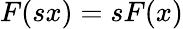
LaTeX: F(sx)=sF(x)